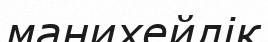
манихейлік